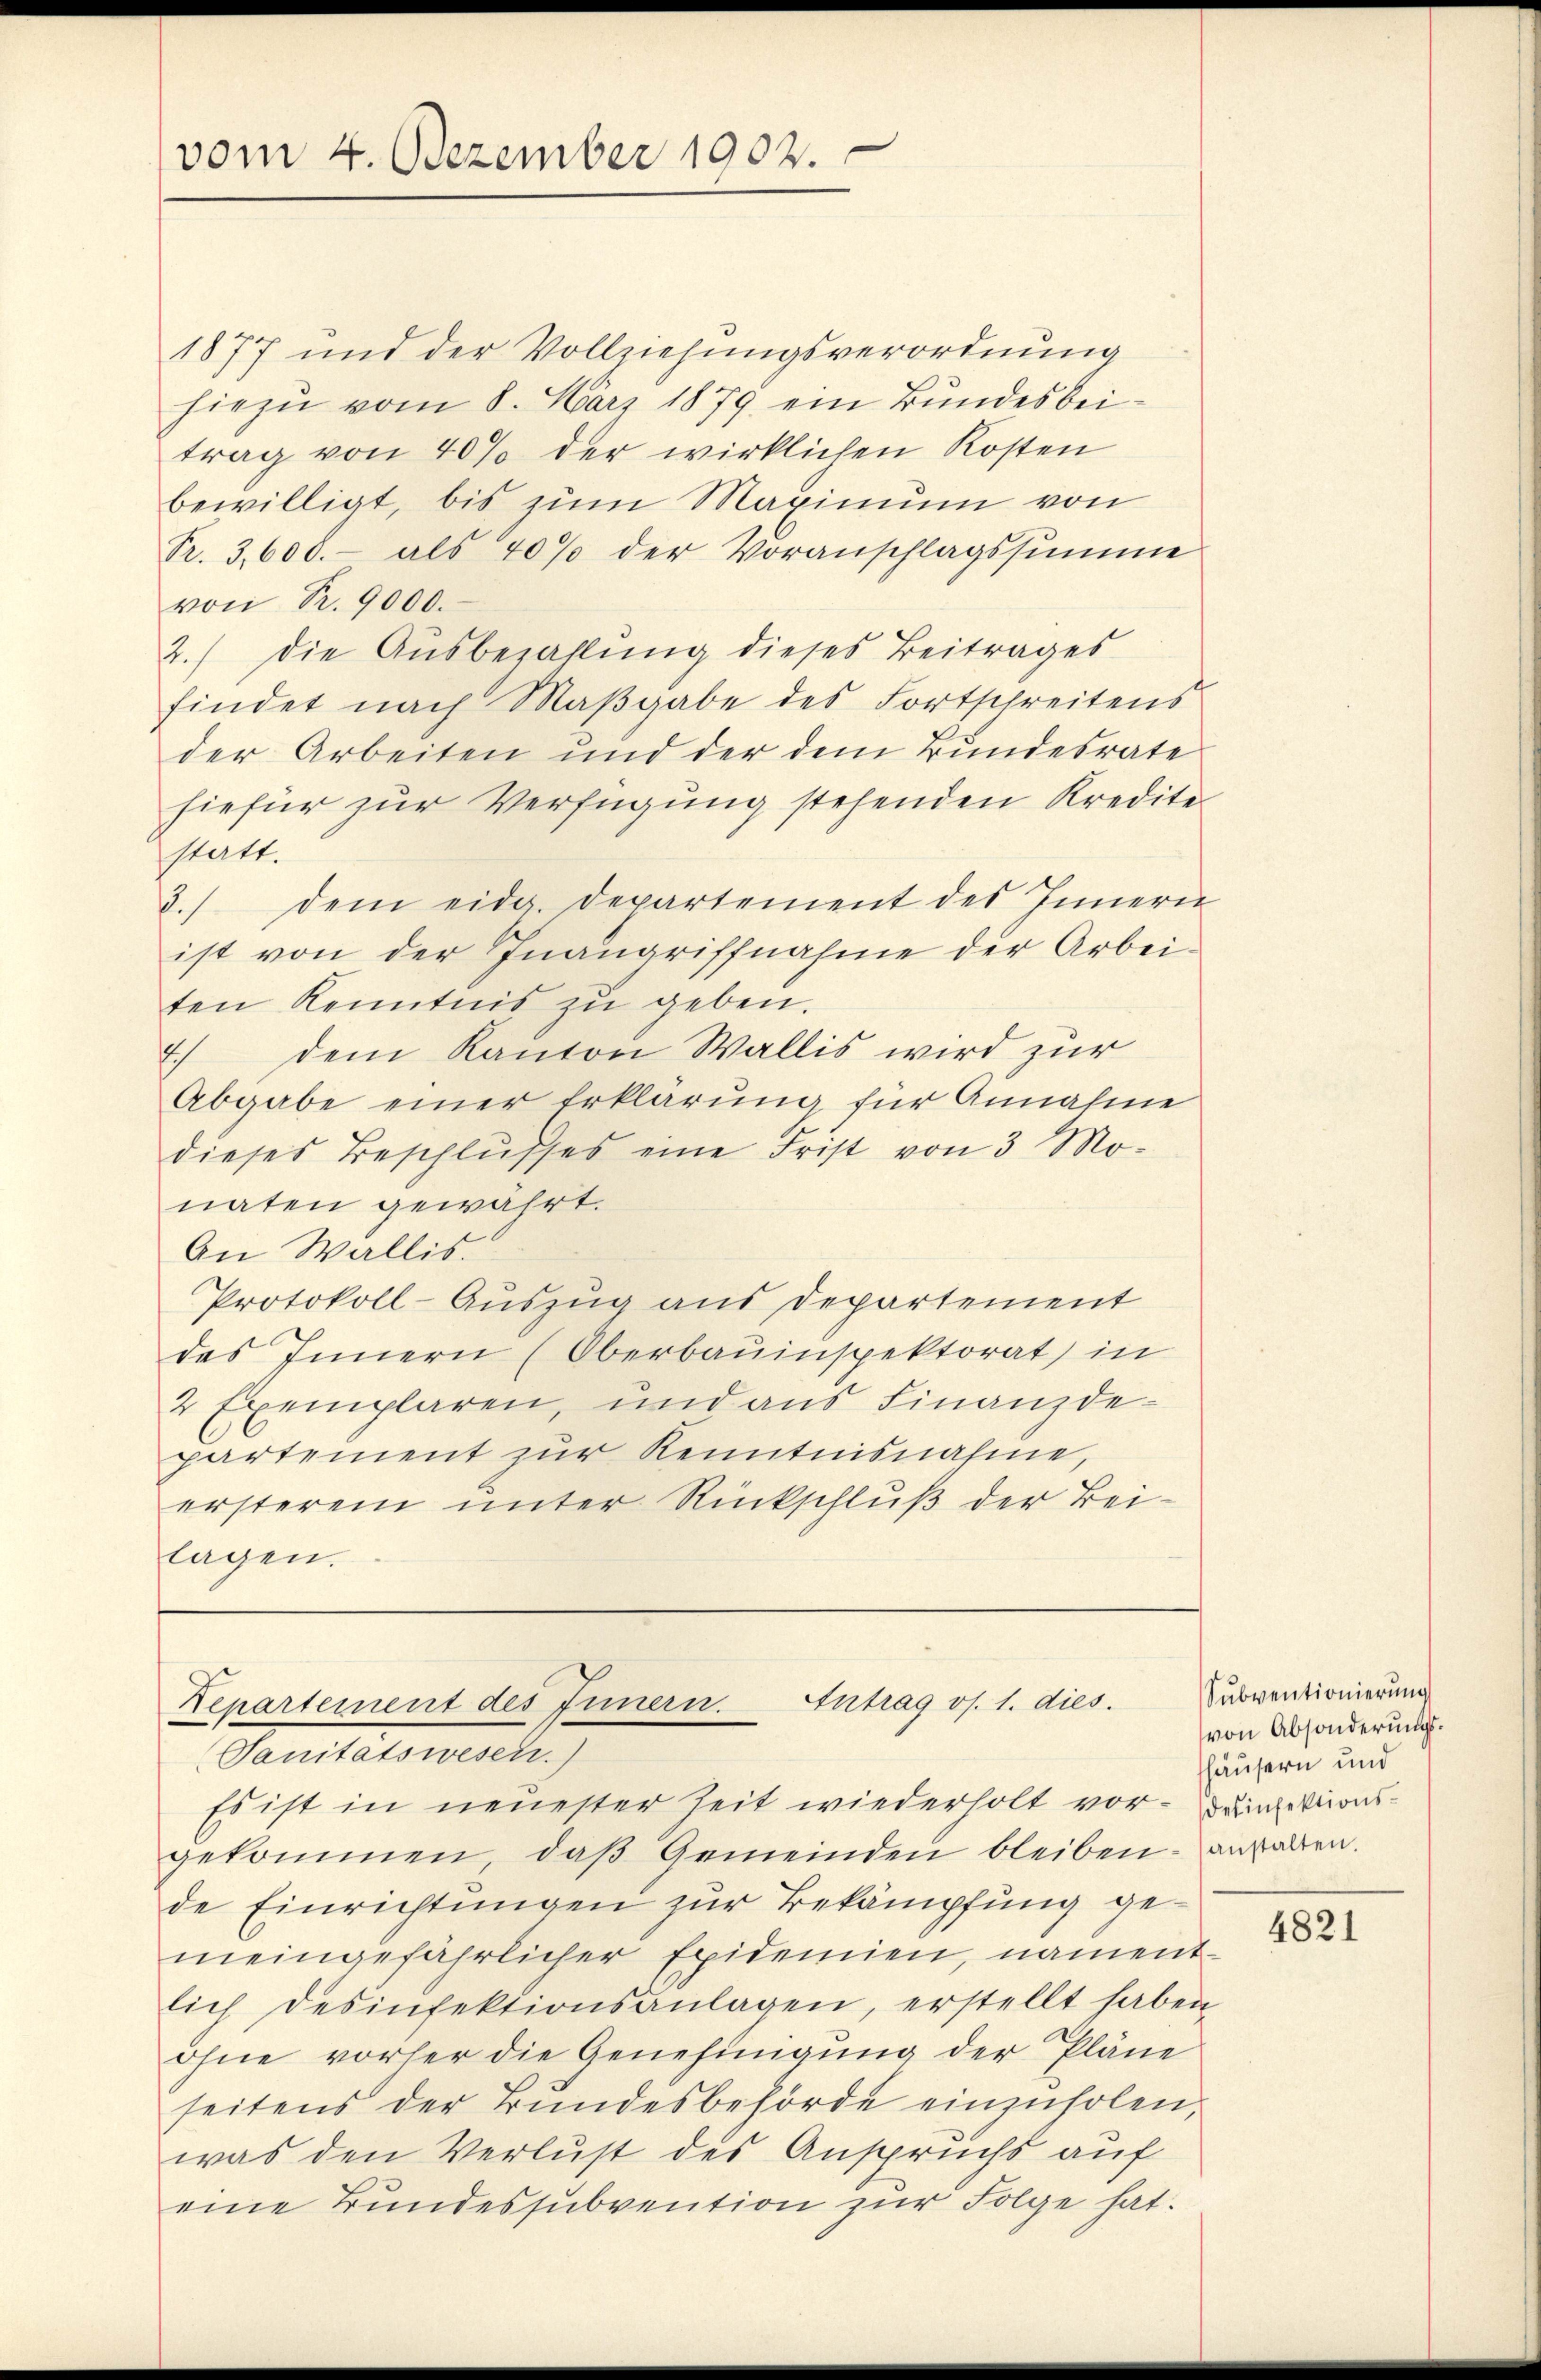
vom 4. Dezember 1902.

1877 und der Vollziehungsverordnung
hiezu vom 8. März 1879 ein Bundesbeitrag von 40% der wirklichen Kosten
bewilligt, bis zum Maximum von
Pr. 3,600.- als 40% der Voranschlagssumme
von P. 9000.
2.) Die Ausbezahlung dieses Beitrages
findet nach Maβgabe des Fortschreitens
der Arbeiten und der dem Bundesrate
hiefür zur Verfügung stehenden Kredite
statt.
3.) dem eidg. Departement des Innern
ist von der Inangriffnahme der Arbei-
ten Kenntnis zu geben.
7) dem Kanton Wallis wird zur
Abgabe einer Erklärung für Annahme
dieses Beschlŭsses eine Frist von 3 Monaten gewährt.
An Wallis.
Protokoll-Auszug aus Departement
des Innern (Oberbauinspektorat in
2 Exemplaren, und aus Finanzdepartement zŭr Kenntnisnahme,
ersterem unter Rückschluß der Beilagen.

Kepartement des Innern. Antrag os. 1. dies
Sanitätswesen.)

Es ist in neuester Zeit wiederholt vor- Funktionsgekommen, daβ Gemeinden bleiben anhalten.
de Einrichtungen zur Bekämpfung gemeingefährlicher Epidemien, namentlich desinfektionsanlagen, erstellt haben,
ohne vorher die Genehmigung der Pläne
seitens der Bŭndesbehörde einzŭholen,
was den Verlust des Anspruchs auf
eine Bundessubvention zur Folge hat.

Subventionierung
von Absonderungsläusern und

4821